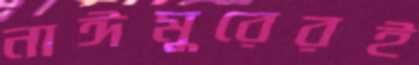
নাঈমুরেরই